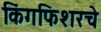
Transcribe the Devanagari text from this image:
किंगफिशरचे